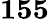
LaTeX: \mathrm{\textbf{155}}